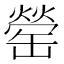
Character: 罃